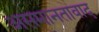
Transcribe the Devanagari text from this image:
असमानतावाद